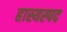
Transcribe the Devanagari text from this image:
हास्यस्पद